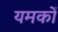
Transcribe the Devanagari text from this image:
यमकों